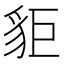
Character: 𧲽